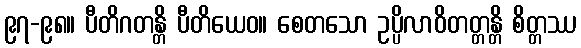
၉၇-၉၈။ ပီတိဂတန္တိ ပီတိယေဝ။ စေတသော ဥပ္ပိလာဝိတတ္တန္တိ စိတ္တဿ